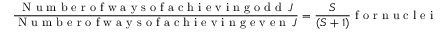
\frac { \mathrm { ~ N ~ u ~ m ~ b ~ e ~ r ~ o ~ f ~ w ~ a ~ y ~ s ~ o ~ f ~ a ~ c ~ h ~ i ~ e ~ v ~ i ~ n ~ g ~ o ~ d ~ d ~ } \, J } { \mathrm { ~ N ~ u ~ m ~ b ~ e ~ r ~ o ~ f ~ w ~ a ~ y ~ s ~ o ~ f ~ a ~ c ~ h ~ i ~ e ~ v ~ i ~ n ~ g ~ e ~ v ~ e ~ n ~ } \, J } = \frac { S } { ( S + 1 ) } \mathrm { ~ f ~ o ~ r ~ n ~ u ~ c ~ l ~ e ~ i ~ w ~ i ~ t ~ h ~ i ~ n ~ t ~ e ~ g ~ r ~ a ~ l ~ s ~ p ~ i ~ n ~ . ~ }